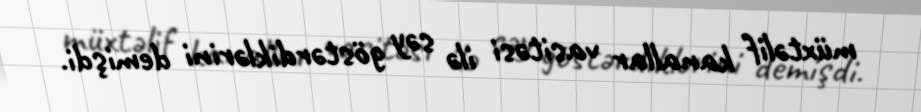
müxtəlif kanallar vasitəsi ilə səy göstərdiklərini demişdi.